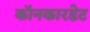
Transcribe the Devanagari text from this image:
कॉनकारडेट